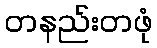
တနည်းတဖုံ